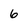
Character: 6